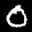
Label: 0